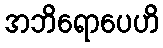
အဘိရောပေဟိ